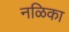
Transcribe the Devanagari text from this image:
नळिका